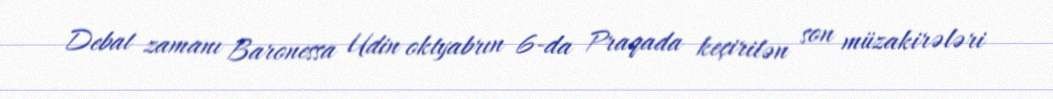
Debat zamanı Baronessa Udin oktyabrın 6-da Praqada keçirilən son müzakirələri